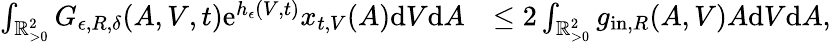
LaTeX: \begin{array}{rl}{\int_{\mathbb{R}_{>0}^{2}}G_{\epsilon,R,\delta}(A,V,t)\textup{e}^{h_{\epsilon}(V,t)}x_{t,V}(A)\textup{d}V\textup{d}A}&{\leq 2\int_{\mathbb{R}_{>0}^{2}}g_{\textup{in},R}(A,V)A\textup{d}V\textup{d}A,}\end{array}